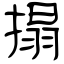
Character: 搨